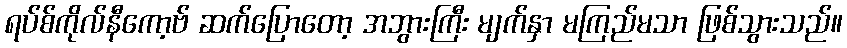
ရပ်စ်ကိုလ်နီကော့ဗ် ဆက်ပြောတော့ အဘွားကြီး မျက်နှာ မကြည်မသာ ဖြစ်သွားသည်။